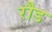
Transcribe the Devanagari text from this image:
रौड